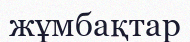
жұмбақтар